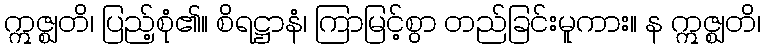
ဣဇ္ဈတိ၊ ပြည့်စုံ၏။ စိရဋ္ဌာနံ၊ ကြာမြင့်စွာ တည်ခြင်းမူကား။ န ဣဇ္ဈတိ၊